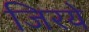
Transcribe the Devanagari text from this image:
जिरये